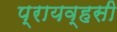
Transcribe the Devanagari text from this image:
प्रायव्हसी